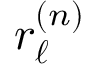
r _ { \boldsymbol { \ell } } ^ { ( n ) }